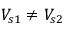
V _ { s 1 } \neq V _ { s 2 }